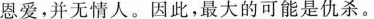
恩爱，并无情人。因此，最大的可能是仇杀。